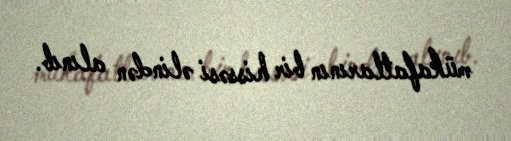
mükafatlarının bir hissəsi əlindən alınıb.